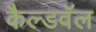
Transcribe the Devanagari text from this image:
कैल्डवॅल